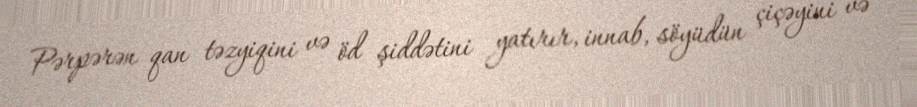
Pərpərən qan təzyiqini və öd şiddətini yatırır, innab, söyüdün çiçəyini və